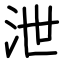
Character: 泄